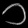
Digit: ၁